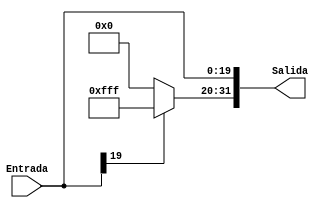
`timescale 1ns / 1ps
//////////////////////////////////////////////////////////////////////////////////
// Company: 
// Engineer: 
// 
// Design Name: 
// Module Name: SignExtend_20_32
// Project Name: 
// Target Devices: 
// Tool Versions: 
// Description: 
// 
// Dependencies: 
// 
// Revision:
// Revision 0.01 - File Created
// Additional Comments:
// 
//////////////////////////////////////////////////////////////////////////////////
// DOCUMENTACION
// Los extensores de signo funcionan para incrementar el numero de bits de un numero manteniendo el valor del numero original
// En este caso se hace una extension de signo a 32 bits para un valor de 20 bits
// Este extemsor de signo extiende los 20 bits generados por Concatenador_J_PC_ALU y su salida es de 32 bits que va a un Mux que decide que se hace
// con el PC actual
//////////////////////////////////////////////////////////////////////////////////

module SignExtend_20_32(        //  Toma un numero binario de 20 bits y lo pone en formato de 32 bits insertando ceros a la izquierda
    input [19:0] Entrada,       //  Entrada de 20 bits
    output reg [31:0] Salida    //  Salida de 32 bits
    );
    
    always @(*) begin                               //  Cada vez que se de un cambio en las entradas se da una actualizacion
        if (Entrada[19]==1) begin                   //  Como es un extensor con signo, debemos ver si es un numero negativo
            Salida[31:20] <= 12'b111111111111;      //  Si es negativo, extendemos con 1
            Salida[19:0] <= Entrada[19:0];          //  La salida consiste de la extension de signo a 32 bits de la entrada de 20 bits
        end
        else begin                                  //  Caso donde el numero es positivo
            Salida[31:20] <= 12'b00000000000;       //  Si es positivo, extendemos con 0
            Salida[19:0] <= Entrada[19:0];          //  La salida consiste de la extension de signo a 32 bits de la entrada de 20 bits
        end
    end
endmodule